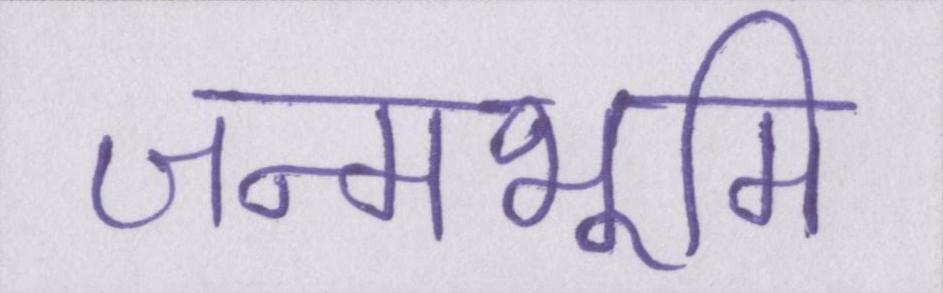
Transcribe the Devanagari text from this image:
जन्मभूमि